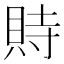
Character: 䝰